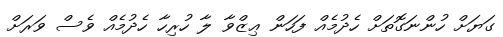
ގަޔަށް ހުންނަގޮތަށް ހެދުމެއް ފަހަން ޢިޒްވާ ލާ ހުރިހާ ހެދުމެއް ވެސް ވަރަށް